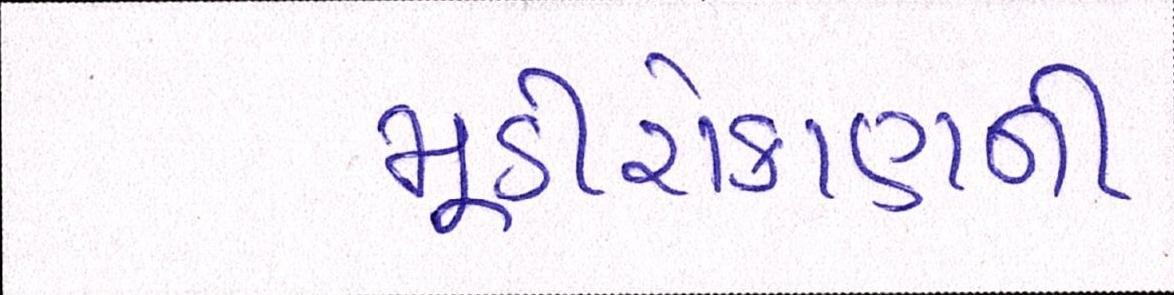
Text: મૂડીરોકાણની